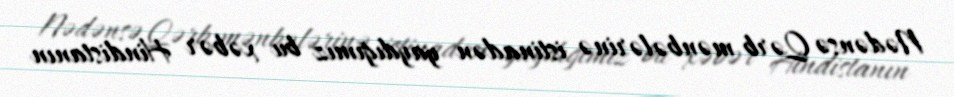
Nədənsə Qərb mənbələrinə istinadən yaydığımız bu xəbər Hindistanın